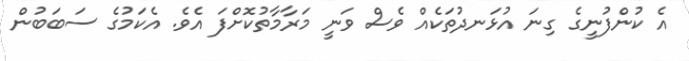
އެ ކުންފުނީގެ ގިނަ އުޅަނދުތަކެއް ވެސް ވަނީ މަރާމާތުކޮށްފަ އެވެ. އެކަމުގެ ސަބަބުން